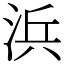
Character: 浜